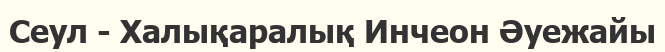
Сеул - Халықаралық Инчеон Әуежайы